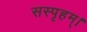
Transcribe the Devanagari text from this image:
सस्पृहम्।